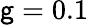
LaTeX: \mathsf{g}=0.1